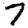
Digit: 7